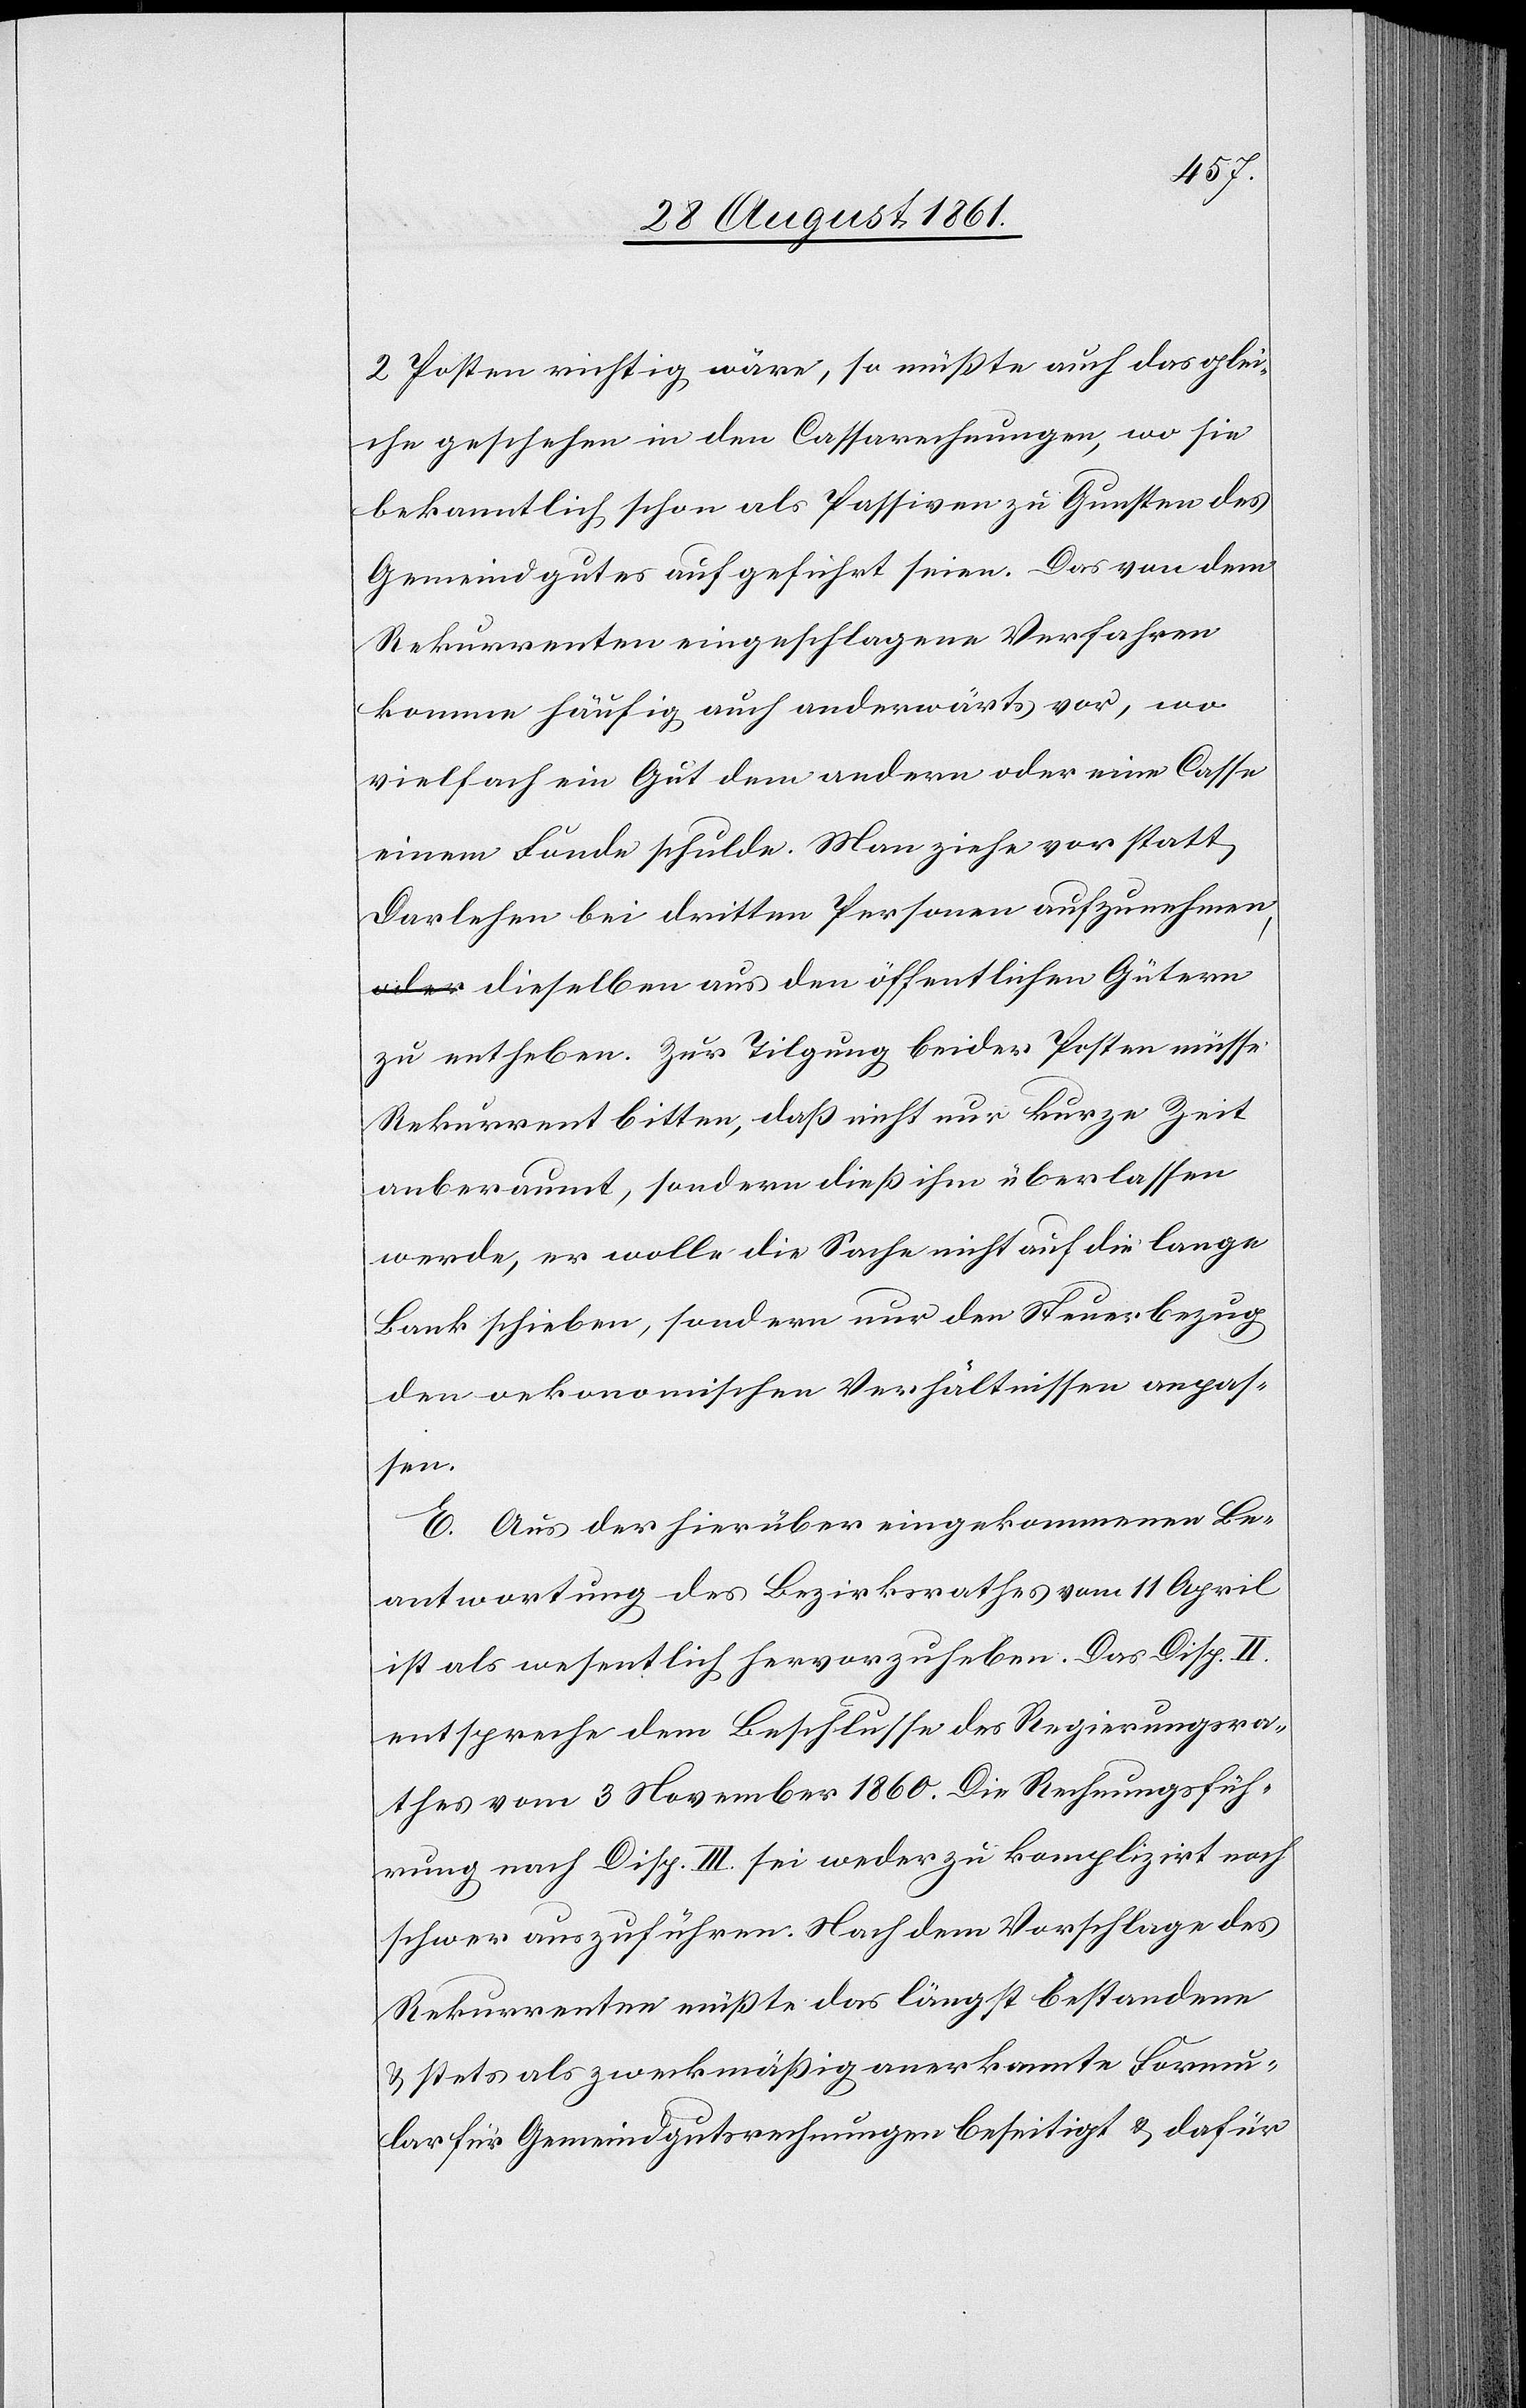
2 Posten richtig wäre, so müßte auch das glei¬
che geschehen in den Cassarechnungen, wo sie
bekanntlich schon als Passiven zu Gunsten des
Gemeindgutes aufgeführt seien. Das von den
Rekurrenten eingeschlagene Verfahren
komme häufig auch anderwärts vor, wo
vielfach ein Gut dem andern oder eine Casse
einem Funde [sic!] schulde. Man ziehe vor statt
Darlehen bei dritten Personen aufzunehmen,
dieselben aus den öffentlichen Gütern
zu entheben. Zur Tilgung beider Posten müsse
Rekurrent bitten, daß nicht nur kurze Zeit
anberaumt, sondern dieß ihm überlassen
werde, er wolle die Sache nicht auf die lange
Bank schieben, sondern nur den Steuerbezug
den oekonomischen Verhältnissen anpas¬
sen.
E. Aus der hierüber eingekommenen Be¬
antwortung des Bezirksrathes vom 11 April
ist als wesentlich hervorzuheben. Das Disp. II
entspreche dem Beschlusse des Regierungsra¬
thes vom 3 November 1860. Die Rechnungsfüh¬
rung nach Disp. III sei weder zu komplizirt noch
schwer auszuführen. Nach dem Vorschlage des
Rekurrenten müßte das längst bestandene
u. stets als zweckmäßig anerkannte Formu¬
lar für Gemeindgutsrechnungen beseitigt u. dafür